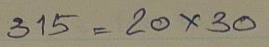
315 = 20 x 30